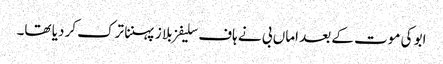
ابو کی موت کے بعد اماں بی نے ہاف سلیفز بلا ز پہننا ترک کر دیا تھا۔